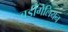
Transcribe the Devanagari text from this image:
बर्डीगेलियन